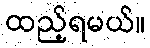
ထည့်ရမယ်။